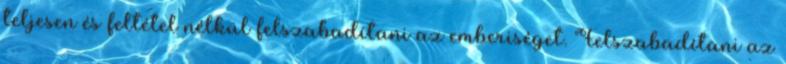
teljesen és feltétel nélkül felszabadítani az emberiséget. Felszabadítani az